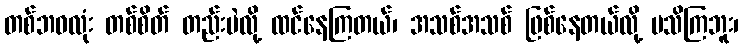
တစ်ဘဝလုံး တစ်စိတ် တည်းပဲလို့ ထင်နေကြတယ်၊ အသစ်အသစ် ဖြစ်နေတယ်လို့ မသိကြဘူး၊